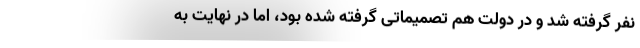
نفر گرفته شد و در دولت هم تصمیماتی گرفته شده بود، اما در نهایت به